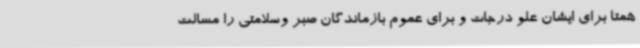
همتا برای ایشان علو درجات و برای عموم بازماندگان صبر وسلامتی را مسالت